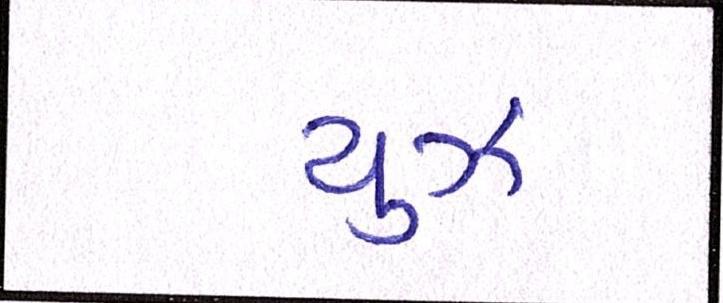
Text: યુઝ